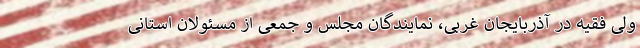
ولی فقیه در آذربایجان غربی، نمایندگان مجلس و جمعی از مسئولان استانی